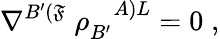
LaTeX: \nabla^{B^{\prime}(\mathfrak{F}}\; \rho_{B^{\prime}}^{\; \; \; A)L}=0\; ,